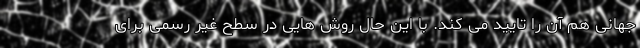
جهانی هم آن را تایید می کند. با این حال روش هایی در سطح غیر رسمی برای